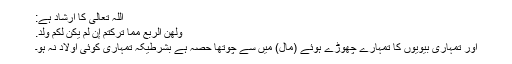
اللہ تعالیٰ کا ارشاد ہے:
وَلَهُنَّ الرُّبُعُ مِمَّا تَرَكْتُمْ إِن لَّمْ يَكُن لَّكُمْ وَلَدٌ.
اور تمہاری بیویوں کا تمہارے چھوڑے ہوئے (مال) میں سے چوتھا حصہ ہے بشرطیکہ تمہاری کوئی اولاد نہ ہو۔